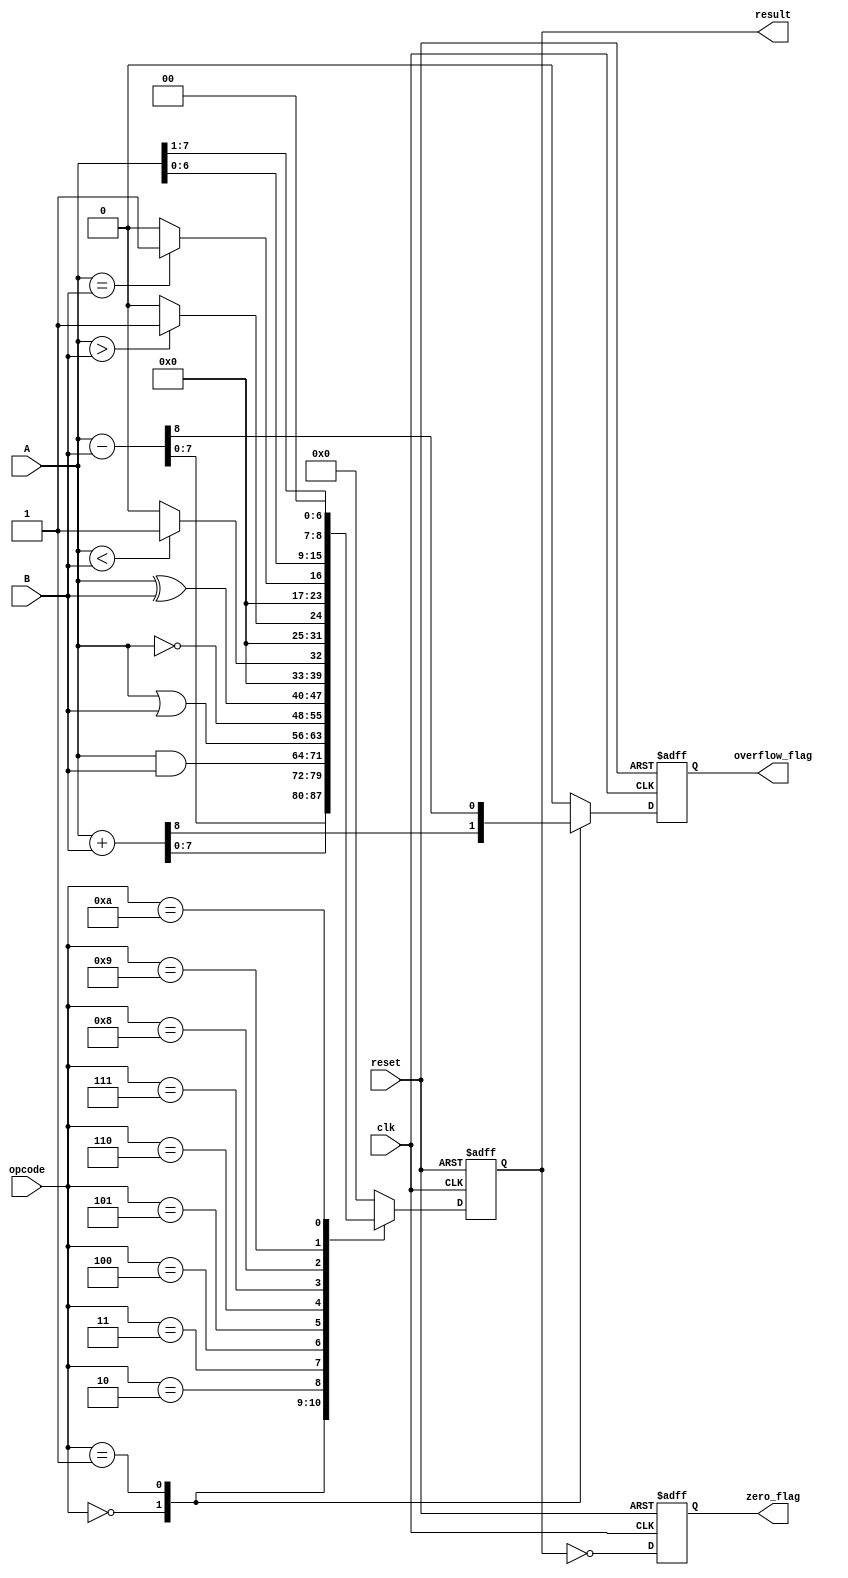
module Parameterized_ALU #(
    parameter WIDTH = 8
)(
    input  wire [WIDTH-1:0] A,          // Input operand 1
    input  wire [WIDTH-1:0] B,          // Input operand 2
    input  wire [3:0] opcode,            // Operation code
    input  wire clk,                     // Clock signal
    input  wire reset,                   // Asynchronous reset
    output reg [WIDTH-1:0] result,      // Result of the operation
    output reg zero_flag,                // Zero flag
    output reg overflow_flag             // Overflow flag
);

    // Define operation codes
    localparam ADD        = 4'b0000;
    localparam SUB        = 4'b0001;
    localparam AND        = 4'b0010;
    localparam OR         = 4'b0011;
    localparam NOT        = 4'b0100;
    localparam XOR        = 4'b0101;
    localparam LT         = 4'b0110; // Less than
    localparam GT         = 4'b0111; // Greater than
    localparam EQ         = 4'b1000; // Equal to
    localparam LSHIFT     = 4'b1001; // Left shift
    localparam RSHIFT     = 4'b1010; // Right shift

    always @(posedge clk or posedge reset) begin
        if (reset) begin
            result <= 0;
            zero_flag <= 0;
            overflow_flag <= 0;
        end else begin
            case (opcode)
                ADD: begin
                    {overflow_flag, result} <= A + B; // Capture overflow
                end
                SUB: begin
                    {overflow_flag, result} <= A - B; // Capture overflow
                end
                AND: begin
                    result <= A & B;
                    overflow_flag <= 0; // No overflow for logical operations
                end
                OR: begin
                    result <= A | B;
                    overflow_flag <= 0; // No overflow for logical operations
                end
                NOT: begin
                    result <= ~A; // NOT operation on A
                    overflow_flag <= 0; // No overflow for logical operations
                end
                XOR: begin
                    result <= A ^ B;
                    overflow_flag <= 0; // No overflow for logical operations
                end
                LT: begin
                    result <= (A < B) ? 1 : 0; // Result is 1 if A < B, else 0
                    overflow_flag <= 0; // No overflow for comparison
                end
                GT: begin
                    result <= (A > B) ? 1 : 0; // Result is 1 if A > B, else 0
                    overflow_flag <= 0; // No overflow for comparison
                end
                EQ: begin
                    result <= (A == B) ? 1 : 0; // Result is 1 if A == B, else 0
                    overflow_flag <= 0; // No overflow for comparison
                end
                LSHIFT: begin
                    result <= A << 1; // Left shift A
                    overflow_flag <= 0; // No overflow for shift operations
                end
                RSHIFT: begin
                    result <= A >> 1; // Right shift A
                    overflow_flag <= 0; // No overflow for shift operations
                end
                default: begin
                    result <= 0; // Default case
                    overflow_flag <= 0; // No overflow for default
                end
            endcase
            
            // Update zero flag
            zero_flag <= (result == 0);
        end
    end

endmodule